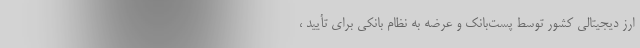
ارز دیجیتالی کشور توسط پست‌بانک و عرضه به نظام بانکی برای تأیید ،